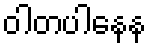
ဝါတပါနေန